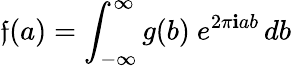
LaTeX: \mathfrak{f}(a)=\int_{-\infty}^{\infty}g(b)\ e^{2\pi\mathbf{i}ab}\, db